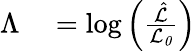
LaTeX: \begin{array}{rl}{\Lambda}&{{}=\log\left(\frac{\hat{\mathcal{L}}}{\mathcal{L_{0}}}\right)}\end{array}